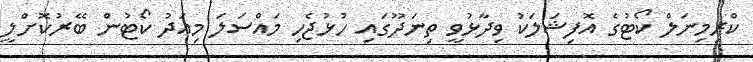
ކްރިމިނަލް ކޯޓުގެ އޮފިޝަލަކު ވިދާޅުވީ ތިނަދޫގައި ހުޅުޖެހި މައްސަލަ މިއަދު ކޯޓުން ބޭރުކޮށްލީ